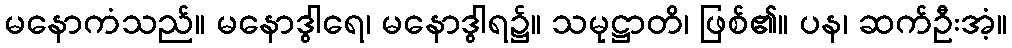
မနောကံသည်။ မနောဒွါရေ၊ မနောဒွါရ၌။ သမုဋ္ဌာတိ၊ ဖြစ်၏။ ပန၊ ဆက်ဦးအံ့။